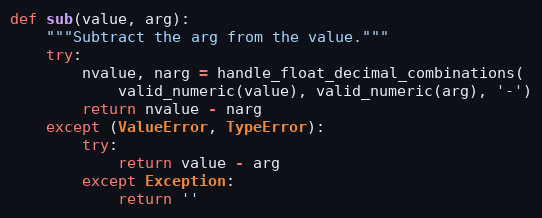
Language: Python
def sub(value, arg):
    """Subtract the arg from the value."""
    try:
        nvalue, narg = handle_float_decimal_combinations(
            valid_numeric(value), valid_numeric(arg), '-')
        return nvalue - narg
    except (ValueError, TypeError):
        try:
            return value - arg
        except Exception:
            return ''